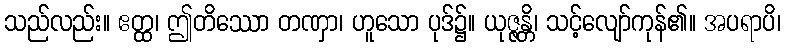
သည်လည်း။ ဧတ္ထ၊ ဤတိဿော တဏှာ၊ ဟူသော ပုဒ်၌။ ယုဇ္ဇန္တိ၊ သင့်လျော်ကုန်၏။ အပရာပိ၊